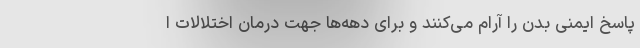
پاسخ ایمنی بدن را آرام می‌کنند و برای دهه‌ها جهت درمان اختلالات ا